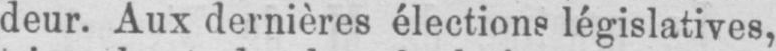
deur. Aux dernières élections législatives,